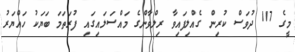
މީގެ 117 ދުވަސް ކުރިން ގެއްލިފައިވާ ރިލްވާންގެ މައްސަލައިގައި ފުރަތަމަ ބަޔަކު ހައްޔަރު